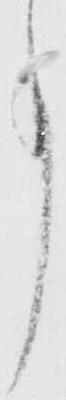
事